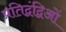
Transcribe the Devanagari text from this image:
प्रतिद्वंद्विओं